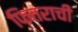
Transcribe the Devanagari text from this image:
फितराची